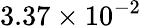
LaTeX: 3.37\times 10^{-2}